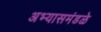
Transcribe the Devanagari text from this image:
अभ्यासमंडळे